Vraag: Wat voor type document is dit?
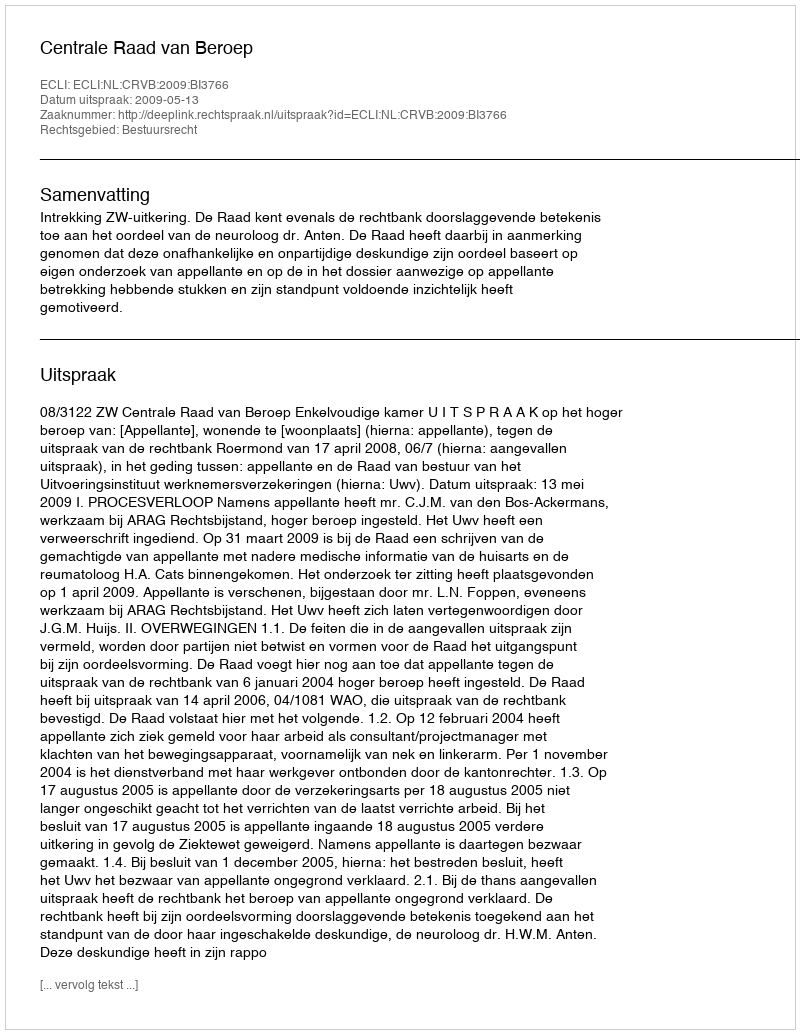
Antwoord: Uitspraak